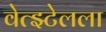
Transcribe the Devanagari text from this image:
वेत्झ्टेलला